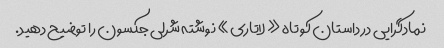
نمادگرایی در داستان کوتاه «لاتاری» نوشته شرلی جکسون را توضیح دهید.